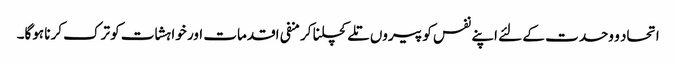
اتحاد و وحدت کے لئے اپنے نفس کو پیروں تلے کچلنا کر منفی اقدمات اور خواہشات کو ترک کرنا ہوگا۔